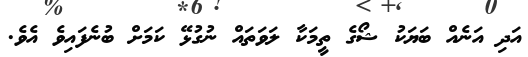
އަދި އަނެއް ބަޔަކު ޝޯގެ ތީމަކާ ލަވަތައް ނުގުޅޭ ކަމަށް ބުނެފައިވެ އެވެ.